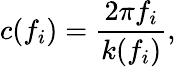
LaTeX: c(f_{i})=\frac{2\pi f_{i}}{k(f_{i})},